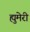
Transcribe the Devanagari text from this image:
ह्युमेरी